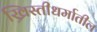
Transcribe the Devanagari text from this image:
ख्रिस्तीधर्मातील